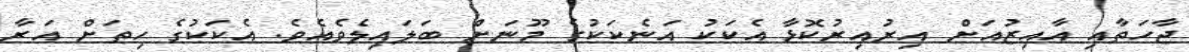
ޖާހަތާއި އާއިޒުއަށް އިރުއިރުކޮޅާ އެކަކު އަނެކަކުގެ މޫނަށް ބަލައިލެވެއެވެ. އެކަކުގެ ހިތަށް އަރާ